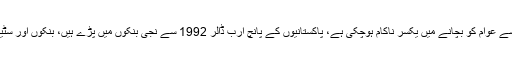
صدر سپریم کورٹ بار کلیم خورشید نے کہا کہ ریاست مافیا سے عوام کو بچانے میں یکسر ناکام ہوچکی ہے، پاکستانیوں کے پانچ ارب ڈالر 1992 سے نجی بنکوں میں پڑے ہیں، بنکوں اور سٹیٹ بنک کے گٹھ جوڑ سے عوام کو فائدہ نہیں ہونے دیا جا رہا۔